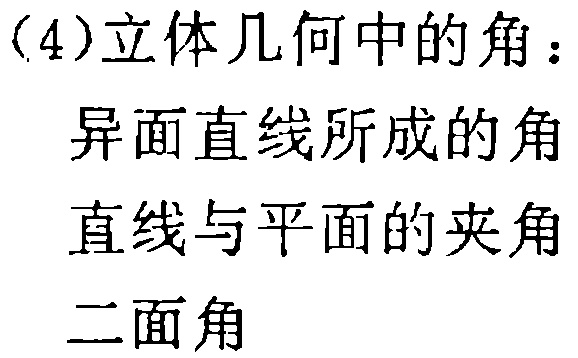
（4）立体几何中的角：
异面直线所成的角
直线与平面的夹角
二面角